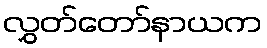
လွှတ်တော်နာယက